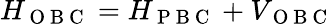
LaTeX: H_{\mathrm{~O~B~C~}}=H_{\mathrm{~P~B~C~}}+V_{\mathrm{~O~B~C~}}